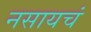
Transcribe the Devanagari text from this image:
नसायचं